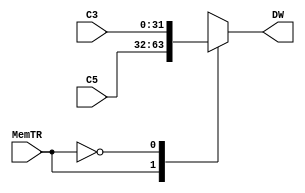
`timescale 1ns/1ns

module mux2(
	input MemTR,
	input [31:0] C5,
	input [31:0] C3,
	output reg [31:0] DW
);

always@*
begin
	case(MemTR)
		1'd1:
			DW = C5;
		1'd0:
			DW = C3;

	endcase
end
endmodule